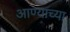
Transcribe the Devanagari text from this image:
आण्याच्या